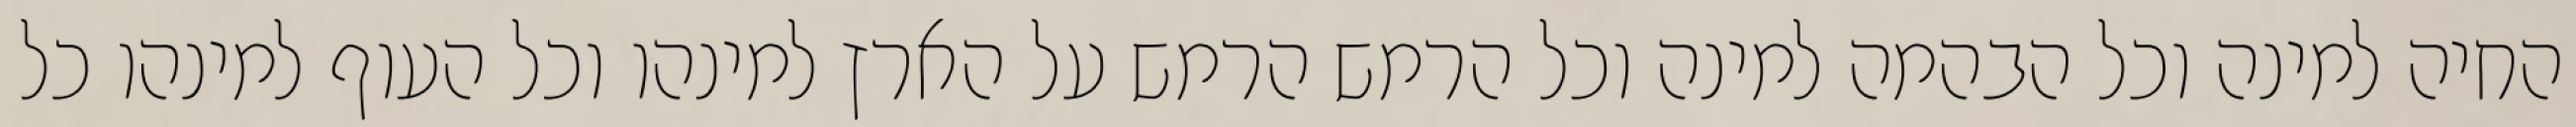
החיה למינה וכל הבהמה למינה וכל הרמש הרמש על הארץ למינהו וכל העוף למינהו כל